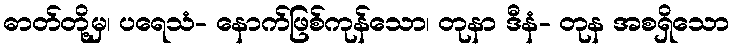
ဓာတ်တို့မှ၊ ပရေသံ- နောက်ဖြစ်ကုန်သော၊ တုနာ ဒီနံ- တုန အစရှိသော